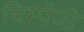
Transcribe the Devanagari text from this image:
चिम्पेंजी